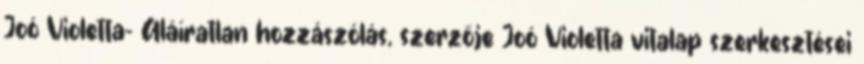
Joó Violetta– Aláíratlan hozzászólás, szerzője Joó Violetta vitalap szerkesztései